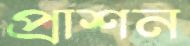
প্রাশন